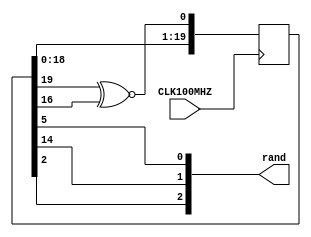
`timescale 1ns / 1ps
//////////////////////////////////////////////////////////////////////////////////
// Company: 
// Engineer: 
// 
// Design Name: 
// Module Name: lfsr_2
// Project Name: 
// Target Devices: 
// Tool Versions: 
// Description: 
// 
// Dependencies: 
// 
// Revision:
// Revision 0.01 - File Created
// Additional Comments:
// 
//////////////////////////////////////////////////////////////////////////////////


module lfsr_2(
    input CLK100MHZ,
    output [2:0] rand
    );
    //Creating a 20 register LSFR.
    //Will repeat itself after 2^20 - 1 cycles
    //Polynomial is x^20 + x^17 + 1, so have taps from 20 and 17
    //Initial seed is going to be the value of 1001 10101011 01011111 
    reg [19:0] chain = 20'b10011010101101011111;
    reg XNOR;
    
    
    always @(posedge CLK100MHZ)
    begin
        chain <= {chain[18:0], XNOR};
    end
    
    always @(*)
    begin
        XNOR <= chain[19] ^~ chain[16];
    end
    
    //output the bits from various locations
    //Output from 3rd, 15th, and 6th register
    assign rand[2] = chain[2];
    assign rand[1] = chain[14];
    assign rand[0] = chain[5];
    
endmodule